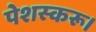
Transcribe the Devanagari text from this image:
पेशस्‍करू।